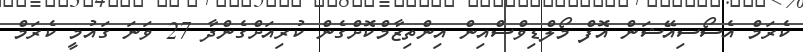
ކެރަމް އެސޯސިއޭޝަން އޮފް މޯލްޑިވްސްއިން އިންތިޒާމްކޮށްގެން ކުރިއަށްގެންދާ 27 ވަނަ ގައުމީ ކެރަމް